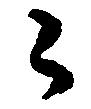
々